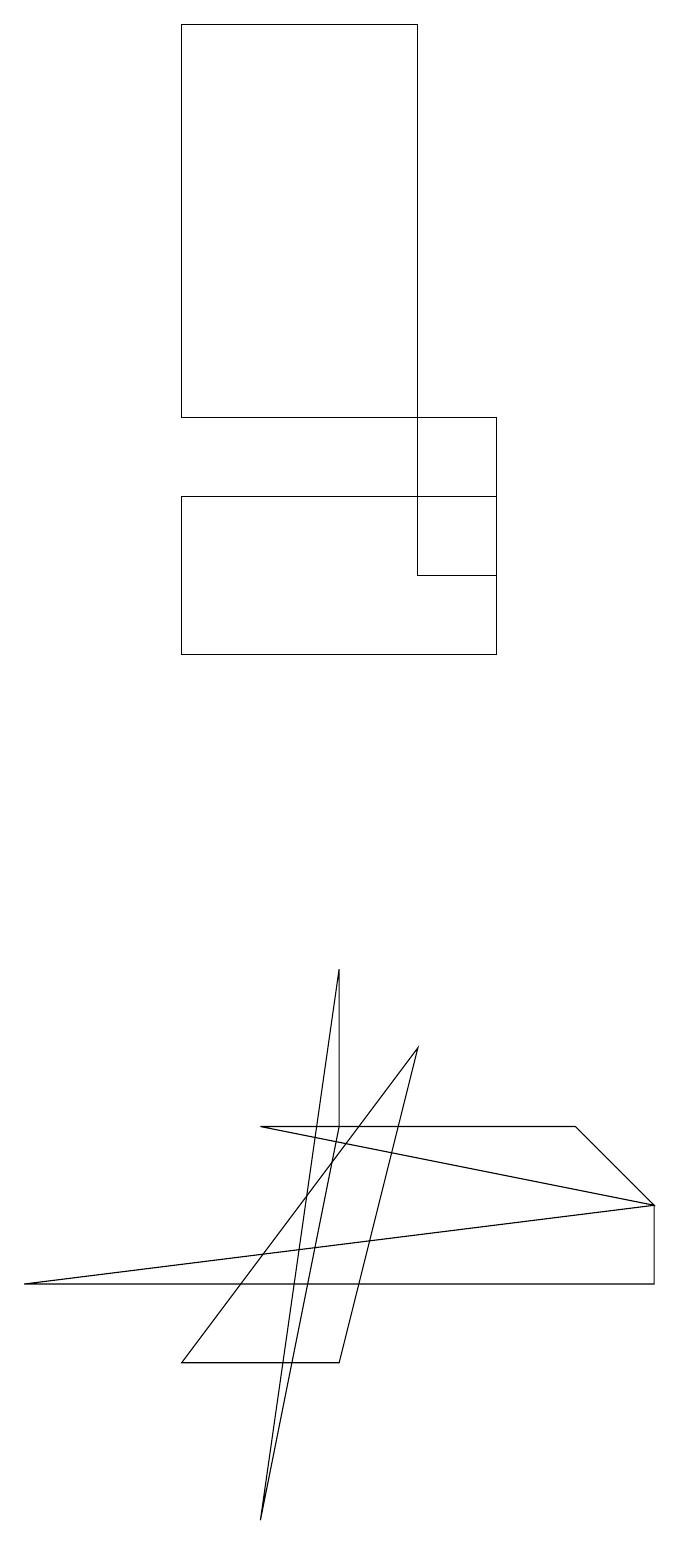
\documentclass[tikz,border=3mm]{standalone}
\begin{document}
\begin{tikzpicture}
\draw (3,5) -- (7,5) -- (8,4) -- cycle;
\draw (6,11) rectangle (2,13);
\draw (3,0) -- (4,5) -- (4,7) -- cycle;
\draw (4,2) -- (2,2) -- (5,6) -- cycle;
\draw (5,14) rectangle (6,12);
\draw (8,4) -- (0,3) -- (8,3) -- cycle;
\draw (5,19) rectangle (2,14);
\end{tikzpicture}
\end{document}